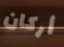
أركان